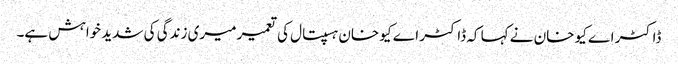
ڈاکٹر اے کیو خان نے کہا کہ ڈاکٹر اے کیو خان ہسپتال کی تعمیر میری زندگی کی شدید خواہش ہے۔